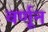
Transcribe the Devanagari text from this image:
वर्णून